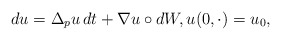
\begin{align*} d u = \Delta_p u \,d t + \nabla u \circ d W, u(0,\cdot) = u_0, \end{align*}